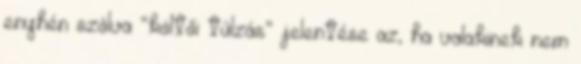
enyhén szólva “költői túlzás” jelentése az, ha valakinek nem